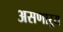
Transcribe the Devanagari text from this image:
असणाऱ्य